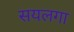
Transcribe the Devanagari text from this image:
सयलगा